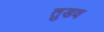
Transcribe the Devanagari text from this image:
तुडव